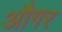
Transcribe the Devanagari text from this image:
औगर